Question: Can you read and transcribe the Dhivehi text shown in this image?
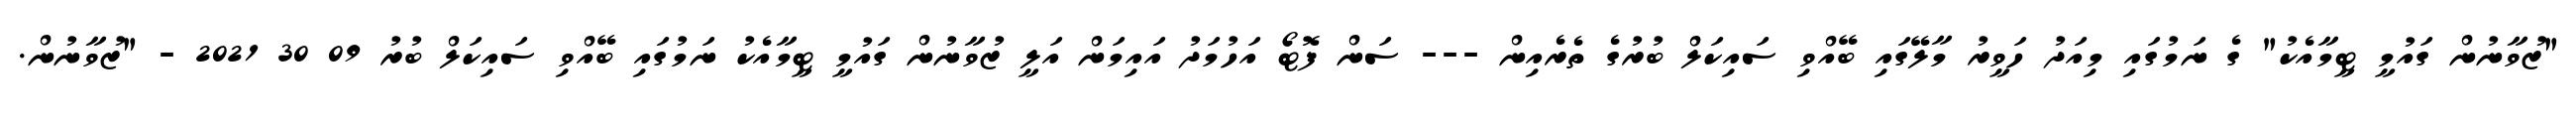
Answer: "ޒުވާނުން ގައުމީ ޓީމާއެކު" ގެ ނަމުގައި މިއަދު ހަވީރު މާލޭގައި ބޭއްވި ސައިކަލް ބުރުގެ ތެރެއިން --- ސަން ފޮޓޯ އަހުމަދު އައިމަން އަލީ ޒުވާނުން ގައުމީ ޓީމާއެކު ނަމުގައި ބޭއްވި ސައިކަލް ބުރު 09 30 2021 - "ޒުވާނުން.